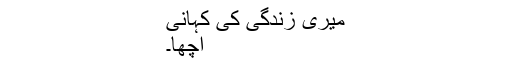
میری زندگی کی کہانی
اچھا۔